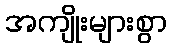
အကျိုးများစွာ